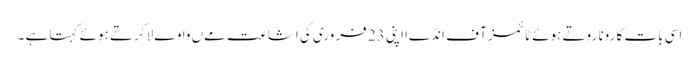
اسی بات کا رونا روتے ہوئے ٹائمز آ ف انڈےا اپنی 23 فروری کی اشاعت مےں واوےلا کرتے ہوئے کہتا ہے ۔